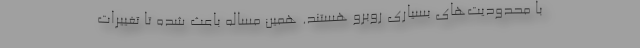
با محدودیت‌های بسیاری روبرو هستند. همین مساله باعث شده تا تغییرات